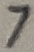
Text: 7